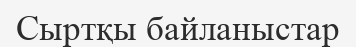
Сыртқы байланыстар